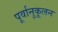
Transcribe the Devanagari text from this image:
पूर्वानुकूलन